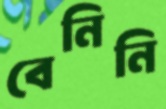
বেনিনি